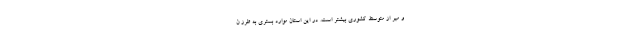
و میر از متوسط کشوری بیشتر است. در این استان موارد بستری به طرز ن